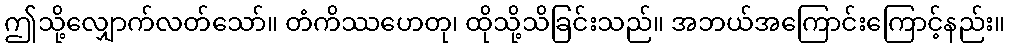
ဤသို့လျှောက်လတ်သော်။ တံကိဿဟေတု၊ ထိုသို့သိခြင်းသည်။ အဘယ်အကြောင်းကြောင့်နည်း။